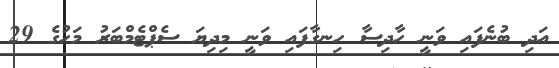
އަދި ބުނެފައި ވަނީ ހާދިސާ ހިނގާފައި ވަނީ މިދިޔަ ސެޕްޓެމްބަރު މަހުގެ 29